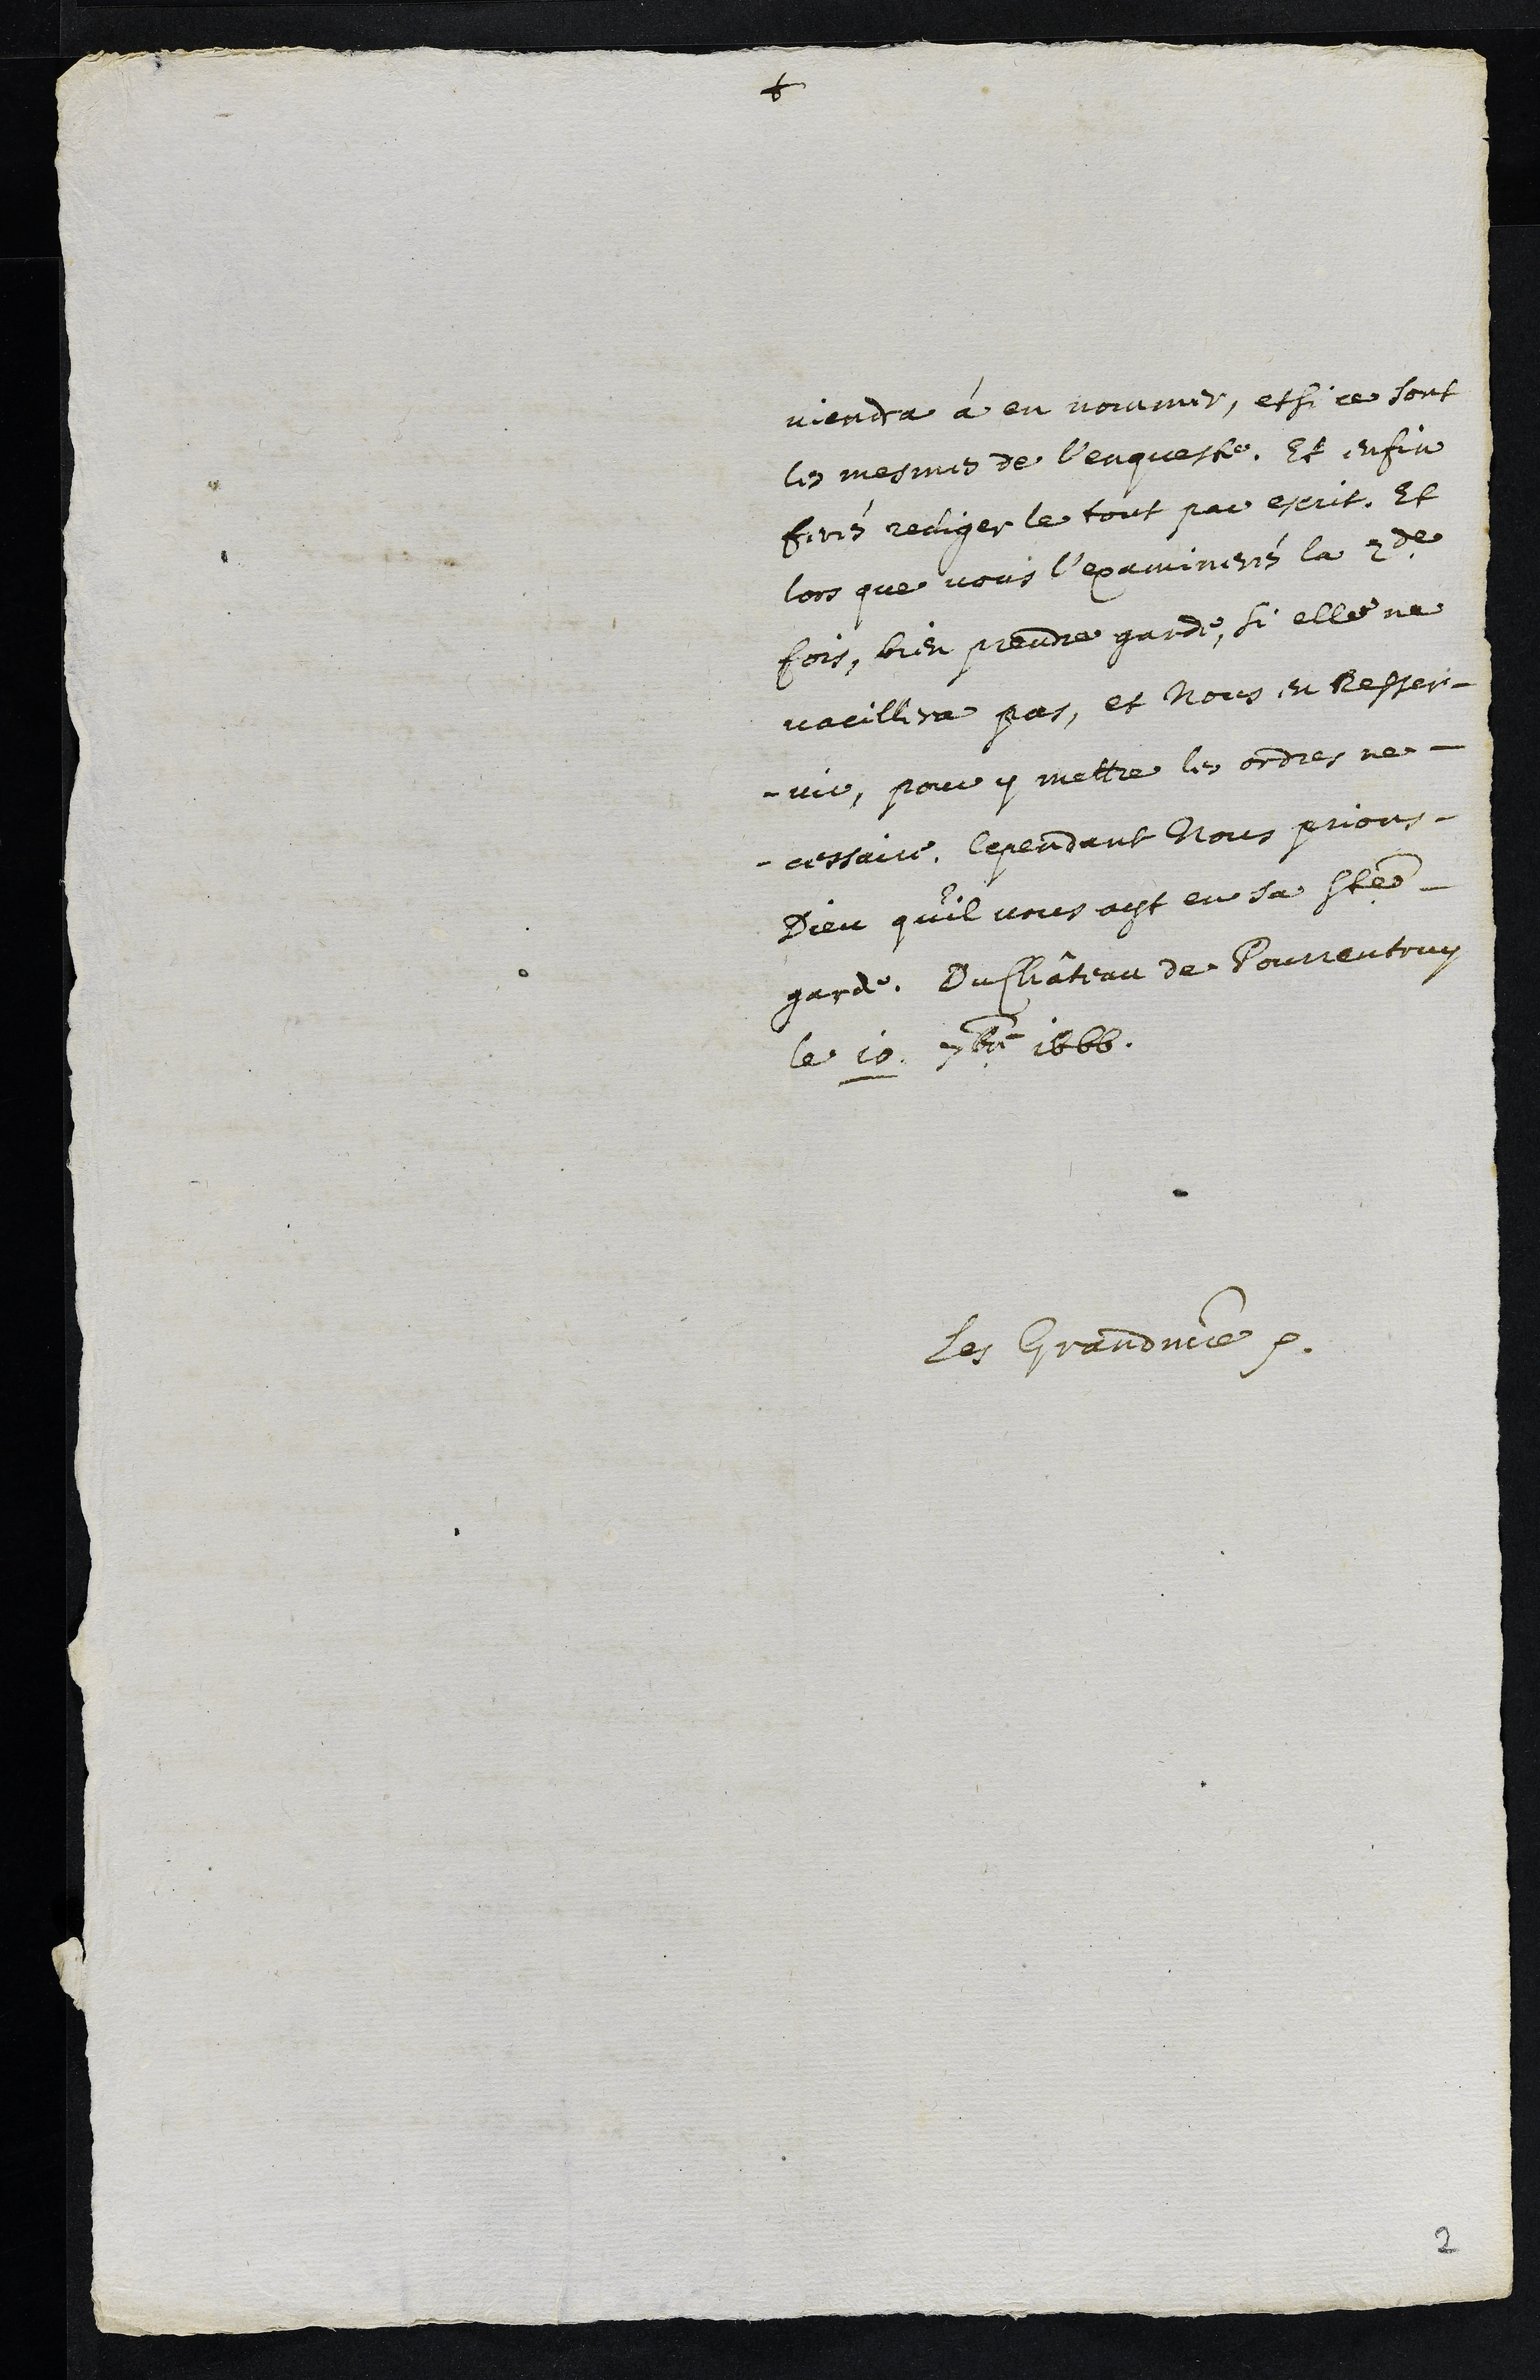
+
viendra à en nommer, et si ce sont
les mesmes de l’enqueste. Et enfin
ferés rediger le tout par escrit. Et
lors que vous l’examinerés la 2de
fois, bien prendre garde, si elle ne
vacillera pas, et nous en resser¬
vir, pour y mettre les ordres ne¬
cessaire. Cependant Nous prions
Dieu qu’il vous ayt en sa Sainte
garde. Du Château de Pourrentruy
Le 10. 7bre 1666.
Les Grand maitre etc.
2